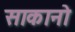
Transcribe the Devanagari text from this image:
साकानो